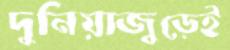
দুনিয়াজুড়েই